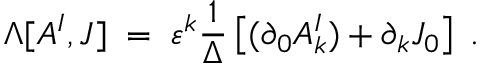
\Lambda [ A ^ { I } , J ] \; = \; \varepsilon ^ { k } \frac { 1 } { \Delta } \left[ ( \partial _ { 0 } A _ { k } ^ { I } ) + \partial _ { k } J _ { 0 } \right] \; .